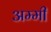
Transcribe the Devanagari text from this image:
अम्मी